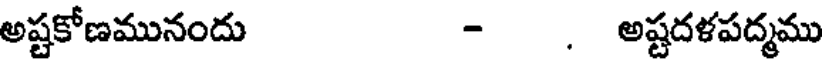
అష్టకోణమునందు - , అష్టదళపద్మము